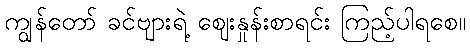
ကျွန်တော် ခင်ဗျားရဲ့ ဈေးနှုန်းစာရင်း ကြည့်ပါရစေ။